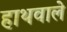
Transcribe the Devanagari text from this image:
हाथवाले